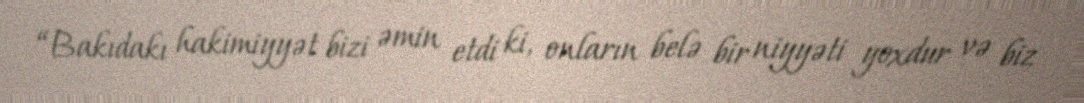
“Bakıdakı hakimiyyət bizi əmin etdi ki, onların belə bir niyyəti yoxdur və biz